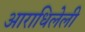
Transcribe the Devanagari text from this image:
आराधिलेली